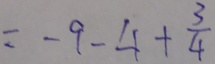
= - 9 - 4 + \frac { 3 } { 4 }